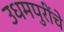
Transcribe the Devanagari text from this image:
उधमपुरींचे